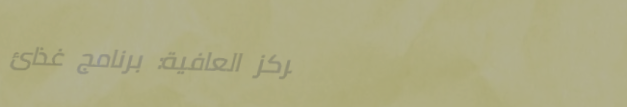
مركز العافية: برنامج غذائ